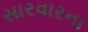
સારવારના